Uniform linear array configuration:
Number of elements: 48
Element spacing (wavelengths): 0.75
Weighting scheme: hann
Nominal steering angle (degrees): -60
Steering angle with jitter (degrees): -61.92
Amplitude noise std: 0.05
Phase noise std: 0.05

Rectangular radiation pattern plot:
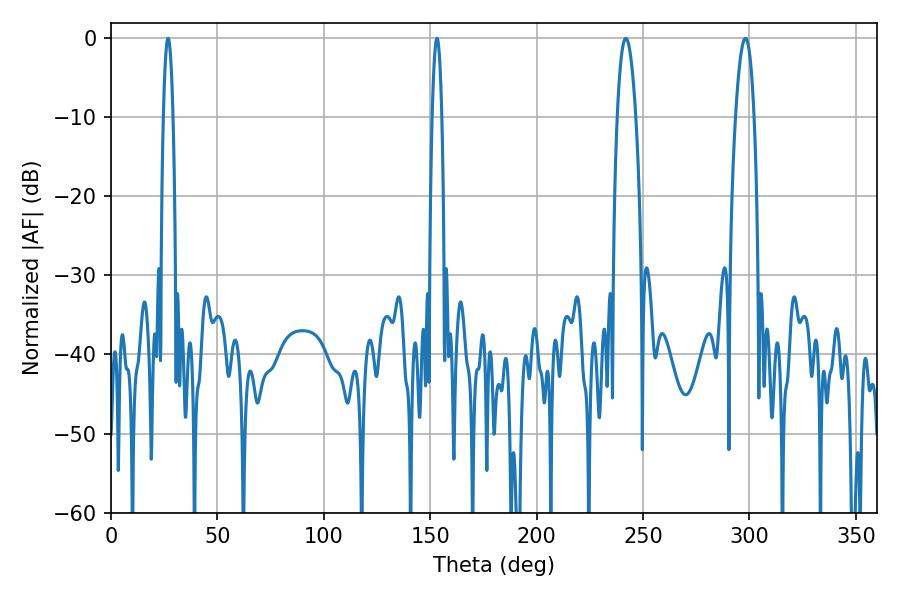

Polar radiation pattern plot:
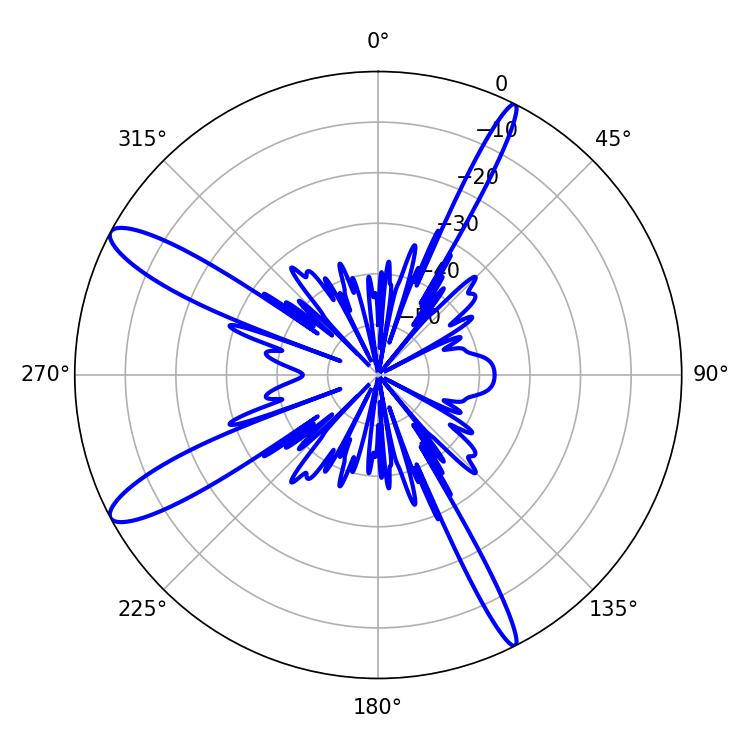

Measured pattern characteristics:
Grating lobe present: TRUE
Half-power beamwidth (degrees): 2.52
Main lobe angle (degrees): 26.82